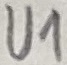
Text: U1